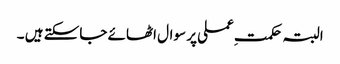
البتہ حکمتِ عملی پر سوال اٹھائے جاسکتے ہیں ۔